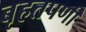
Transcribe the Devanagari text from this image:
बृहतपर्णी